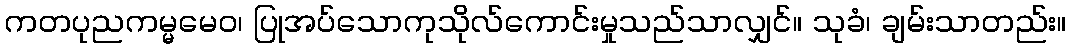
ကတပုညကမ္မမေဝ၊ ပြုအပ်သောကုသိုလ်ကောင်းမှုသည်သာလျှင်။ သုခံ၊ ချမ်းသာတည်း။